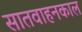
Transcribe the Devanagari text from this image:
सातवाहनकाल